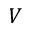
V